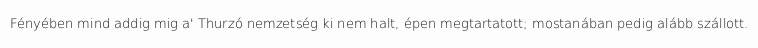
Fényében mind addig mig a' Thurzó nemzetség ki nem halt, épen megtartatott; mostanában pedig alább szállott.